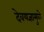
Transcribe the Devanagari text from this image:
देवयज्ञामुळे